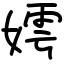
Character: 嫮